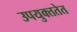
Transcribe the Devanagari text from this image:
उपयुक्ततेत